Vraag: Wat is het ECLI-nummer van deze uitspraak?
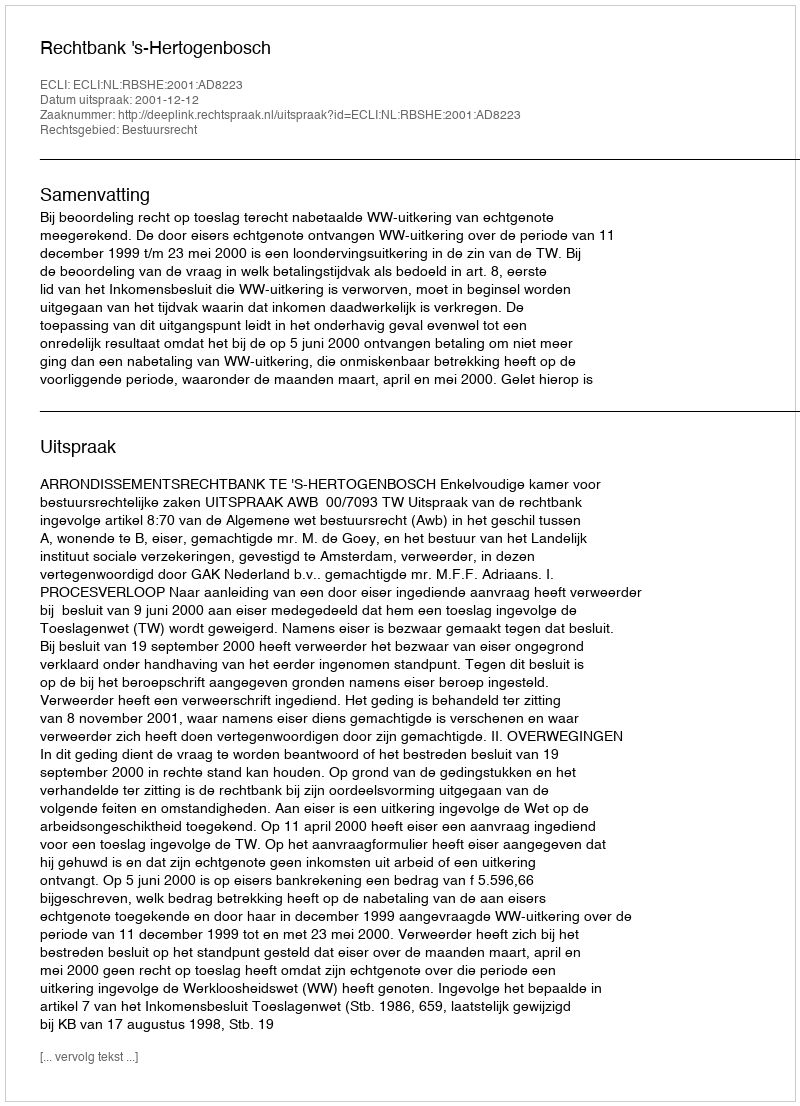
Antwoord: ECLI:NL:RBSHE:2001:AD8223